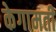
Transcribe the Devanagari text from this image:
केगामती